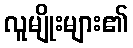
လူမျိုးများ၏